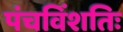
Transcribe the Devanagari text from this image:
पंचविंशतिः